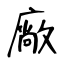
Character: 廠